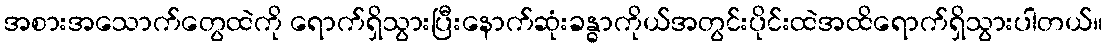
အစားအသောက်တွေထဲကို ရောက်ရှိသွားပြီးနောက်ဆုံးခန္ဓာကိုယ်အတွင်းပိုင်းထဲအထိရောက်ရှိသွားပါတယ်။